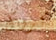
كروك